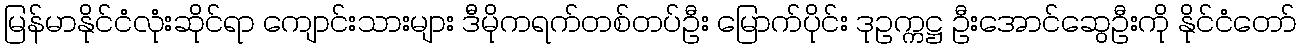
မြန်မာနိုင်ငံလုံးဆိုင်ရာ ကျောင်းသားများ ဒီမိုကရက်တစ်တပ်ဦး မြောက်ပိုင်း ဒုဥက္ကဋ္ဌ ဦးအောင်ဆွေဦးကို နိုင်ငံတော်